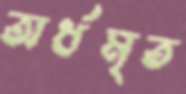
অর্ধমৃত